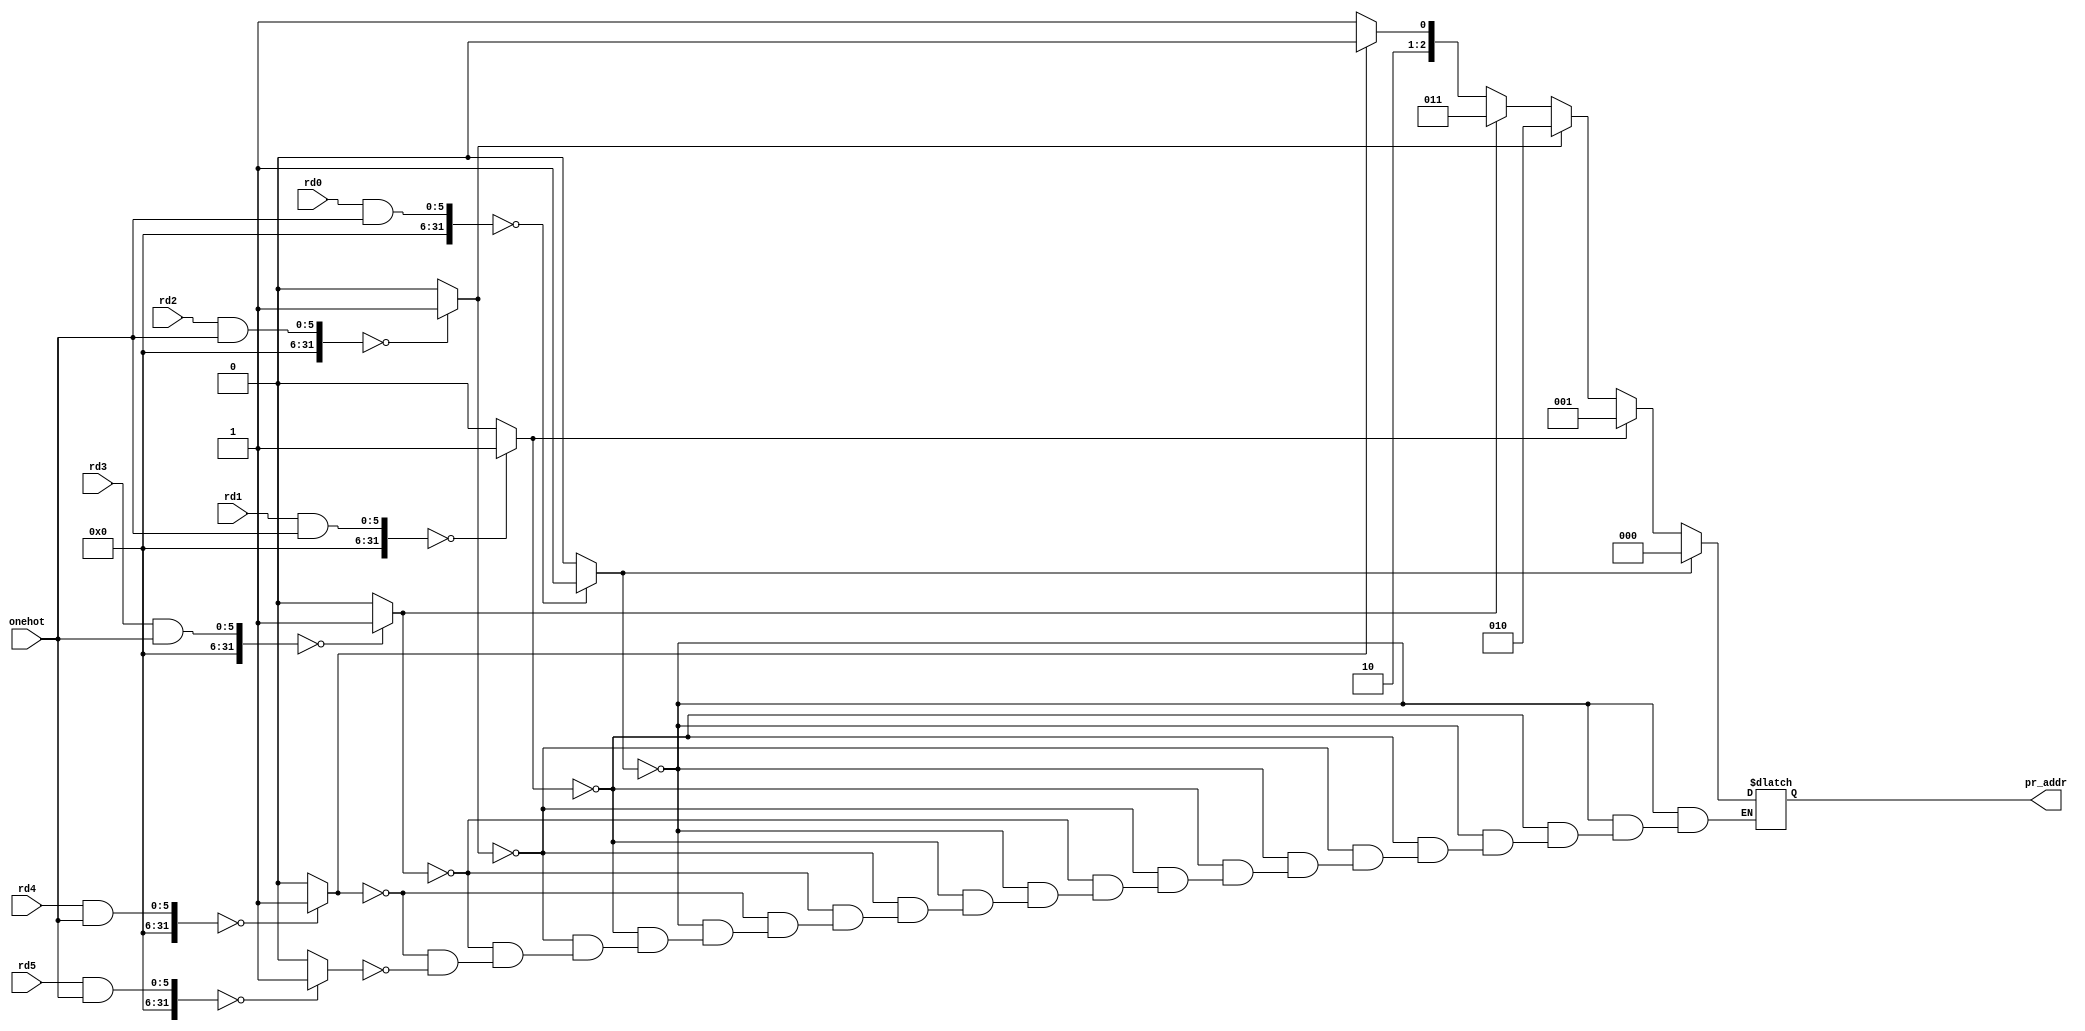


module priorityencoder (
output reg [2:0] pr_addr , 
input [5:0] onehot , 
input [5:0] rd0,rd1,rd2,rd3,rd4,rd5
      
);

wire [5:0] checkifzero;

assign checkifzero[0]=((rd0 & onehot) ==0)?1:0;
assign checkifzero[1]=((rd1 & onehot) ==0)?1:0;
assign checkifzero[2]=((rd2 & onehot) ==0)?1:0;
assign checkifzero[3]=((rd3 & onehot) ==0)?1:0;
assign checkifzero[4]=((rd4 & onehot) ==0)?1:0;
assign checkifzero[5]=((rd5 & onehot) ==0)?1:0;

      
always @ (*)
begin
  
 
   if (checkifzero[0] == 1) begin
    pr_addr = 0; 
   end else if (checkifzero[1] == 1) begin 
    pr_addr = 1; 
   end else if (checkifzero[2] == 1) begin 
    pr_addr = 2; 
   end else if (checkifzero[3] == 1) begin 
    pr_addr = 3; 
   end else if (checkifzero[4] == 1) begin 
    pr_addr = 4; 
	end else if (checkifzero[5] == 1) begin 
    pr_addr = 5; 
   end
  end


endmodule